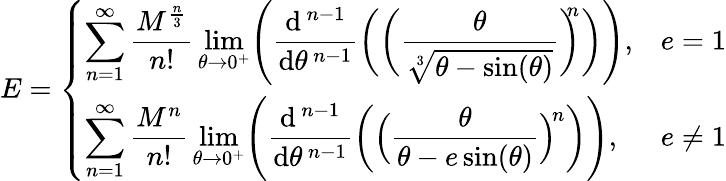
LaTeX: E={\left\{ \begin{array}{ll}{\displaystyle\sum_{n=1}^{\infty}{\frac{M^{\frac{n}{3}}}{n!}}\operatorname*{lim}_{\theta\to 0^{+}}\! {\Bigg(}{\frac{\mathrm{d}^{\, n-1}}{\mathrm{d}\theta^{\, n-1}}}{\bigg(}{\bigg(}{\frac{\theta}{\sqrt[{3}]{\theta-\sin(\theta)}}}{\bigg)}^{\! \! \! n}{\bigg)}{\Bigg)},}&{e=1}\\ {\displaystyle\sum_{n=1}^{\infty}{\frac{M^{n}}{n!}}\operatorname*{lim}_{\theta\to 0^{+}}\! {\Bigg(}{\frac{\mathrm{d}^{\, n-1}}{\mathrm{d}\theta^{\, n-1}}}{\bigg(}{\Big(}{\frac{\theta}{\theta-e\sin(\theta)}}{\Big)}^{\! n}{\bigg)}{\Bigg)},}&{e\neq 1}\end{array}\right.}